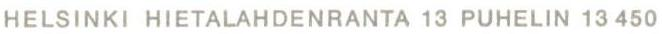
HELSINKI HIETALAHDENRANTA 13 PUHELIN 13 450